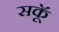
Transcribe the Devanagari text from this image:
सकॅू